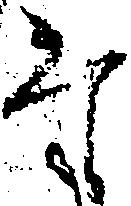
た